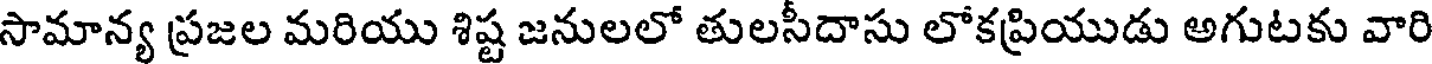
సామాన్య ప్రజల మరియు శిష్ట జనులలో తులసీదాసు లోకప్రియుడు అగుటకు వారి